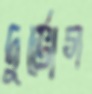
দুর্ভোগ